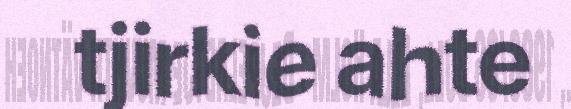
tjirkie ahte